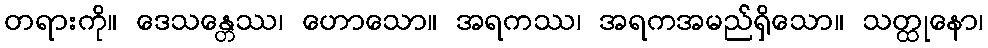
တရားကို။ ဒေသန္တေဿ၊ ဟောသော။ အရကဿ၊ အရကအမည်ရှိသော။ သတ္ထုနော၊